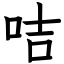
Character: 咭